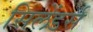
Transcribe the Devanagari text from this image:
सिलेंडर्स